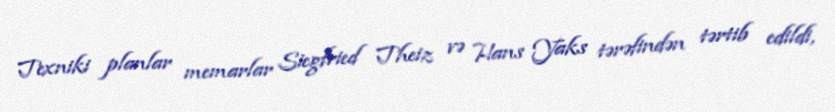
Texniki planlar memarlar Siegfried Theiz və Hans Yaks tərəfindən tərtib edildi,